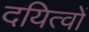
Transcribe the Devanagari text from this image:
दयित्वों